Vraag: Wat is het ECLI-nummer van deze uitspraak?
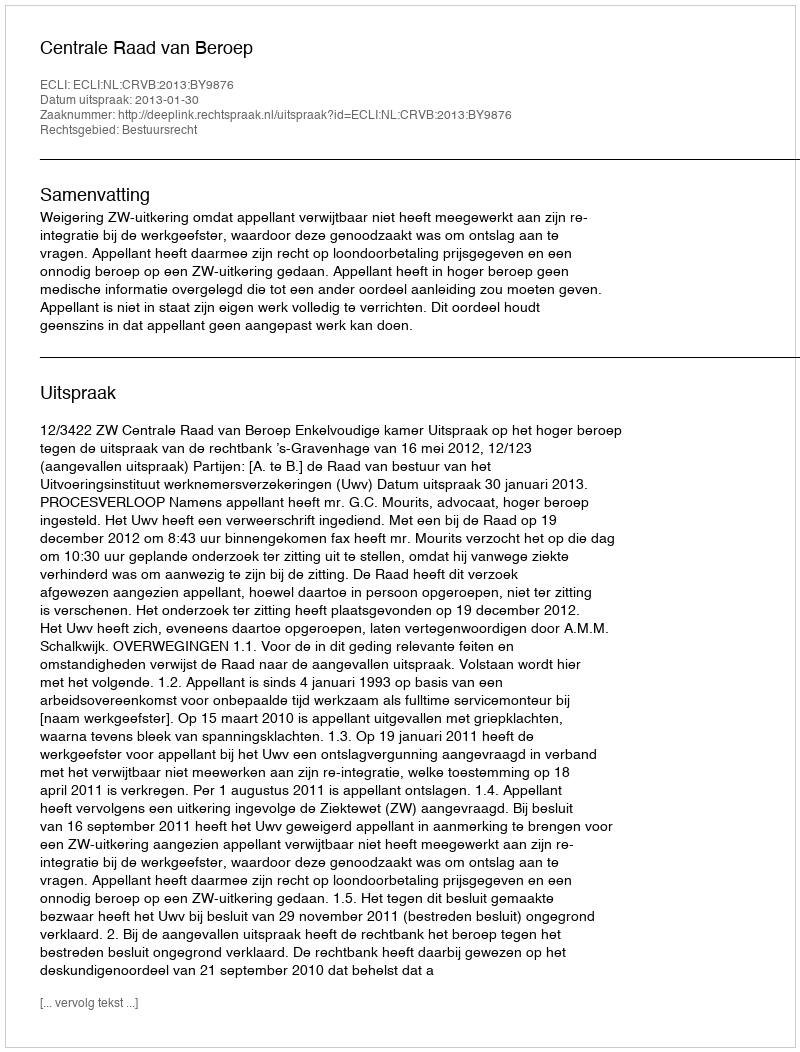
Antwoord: ECLI:NL:CRVB:2013:BY9876